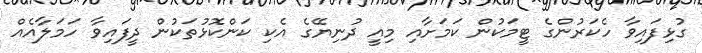
ގުޅިފައިވާ ހެކަރުންގެ ޓީމަކުން ކަމަށާއި މިއީ ދުނިޔޭގެ އެކި ކަންކޮޅުތަކުން ދީފައިވާ ހަމަލާއެއް